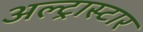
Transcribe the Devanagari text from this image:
अल्ट्रास्टार